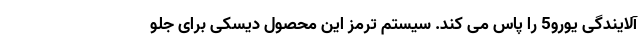
آلایندگی یورو5 را پاس می کند. سیستم ترمز این محصول دیسکی برای جلو